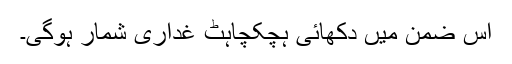
اس ضمن میں دکھائی ہچکچاہٹ غداری شمار ہوگی۔